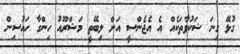
ގުޅޭ ގިނަ ޝަކުވާތަކެއް އެ އެޖެންސީ އަށް ލިބޭތީ މަޝްރޫއު ހިންގާ ހައުސިން